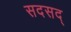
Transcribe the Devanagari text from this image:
सदसद्